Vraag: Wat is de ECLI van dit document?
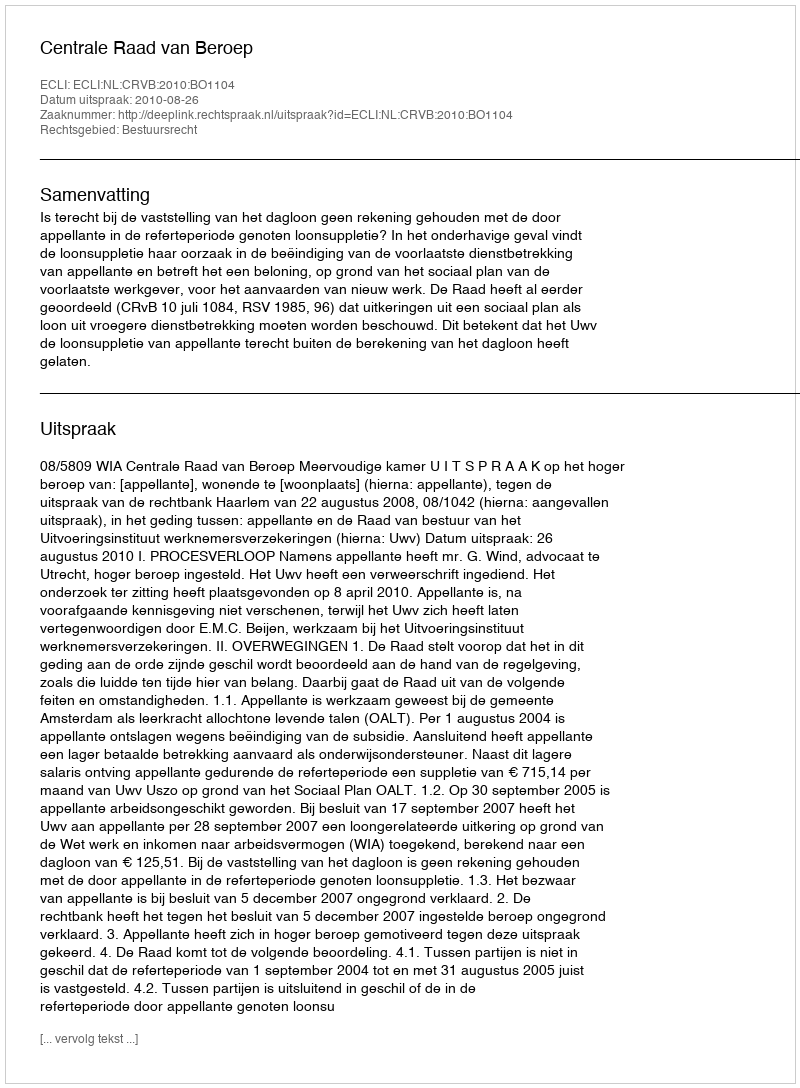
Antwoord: ECLI:NL:CRVB:2010:BO1104